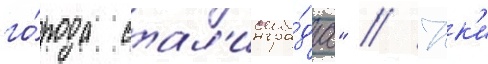
го́рода стал'ингра́да" // Юк'и